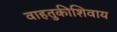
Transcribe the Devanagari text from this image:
वाहतुकीशिवाय